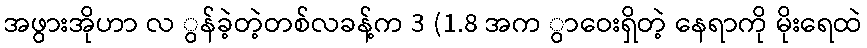
အဖွားအိုဟာ လ ွန်ခဲ့တဲ့တစ်လခန့်က 3 (1.8 အက ွာဝေးရှိတဲ့ နေရာကို မိုးရေထဲ